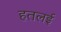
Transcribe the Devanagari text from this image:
हतलई